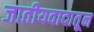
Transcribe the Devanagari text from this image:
जातीयवादातून